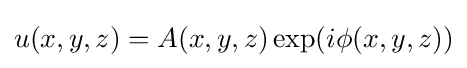
u(x,y,z)=A(x,y,z)\exp(i\phi (x,y,z))